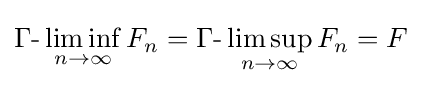
\Gamma {\text{-}}\liminf _{n\to \infty }F_{n}=\Gamma {\text{-}}\limsup _{n\to \infty }F_{n}=F